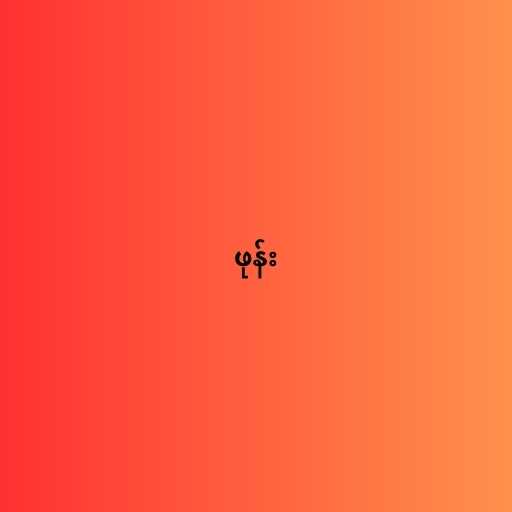
ဖုန်း